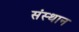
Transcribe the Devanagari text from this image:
संस्थान